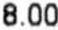
8.00